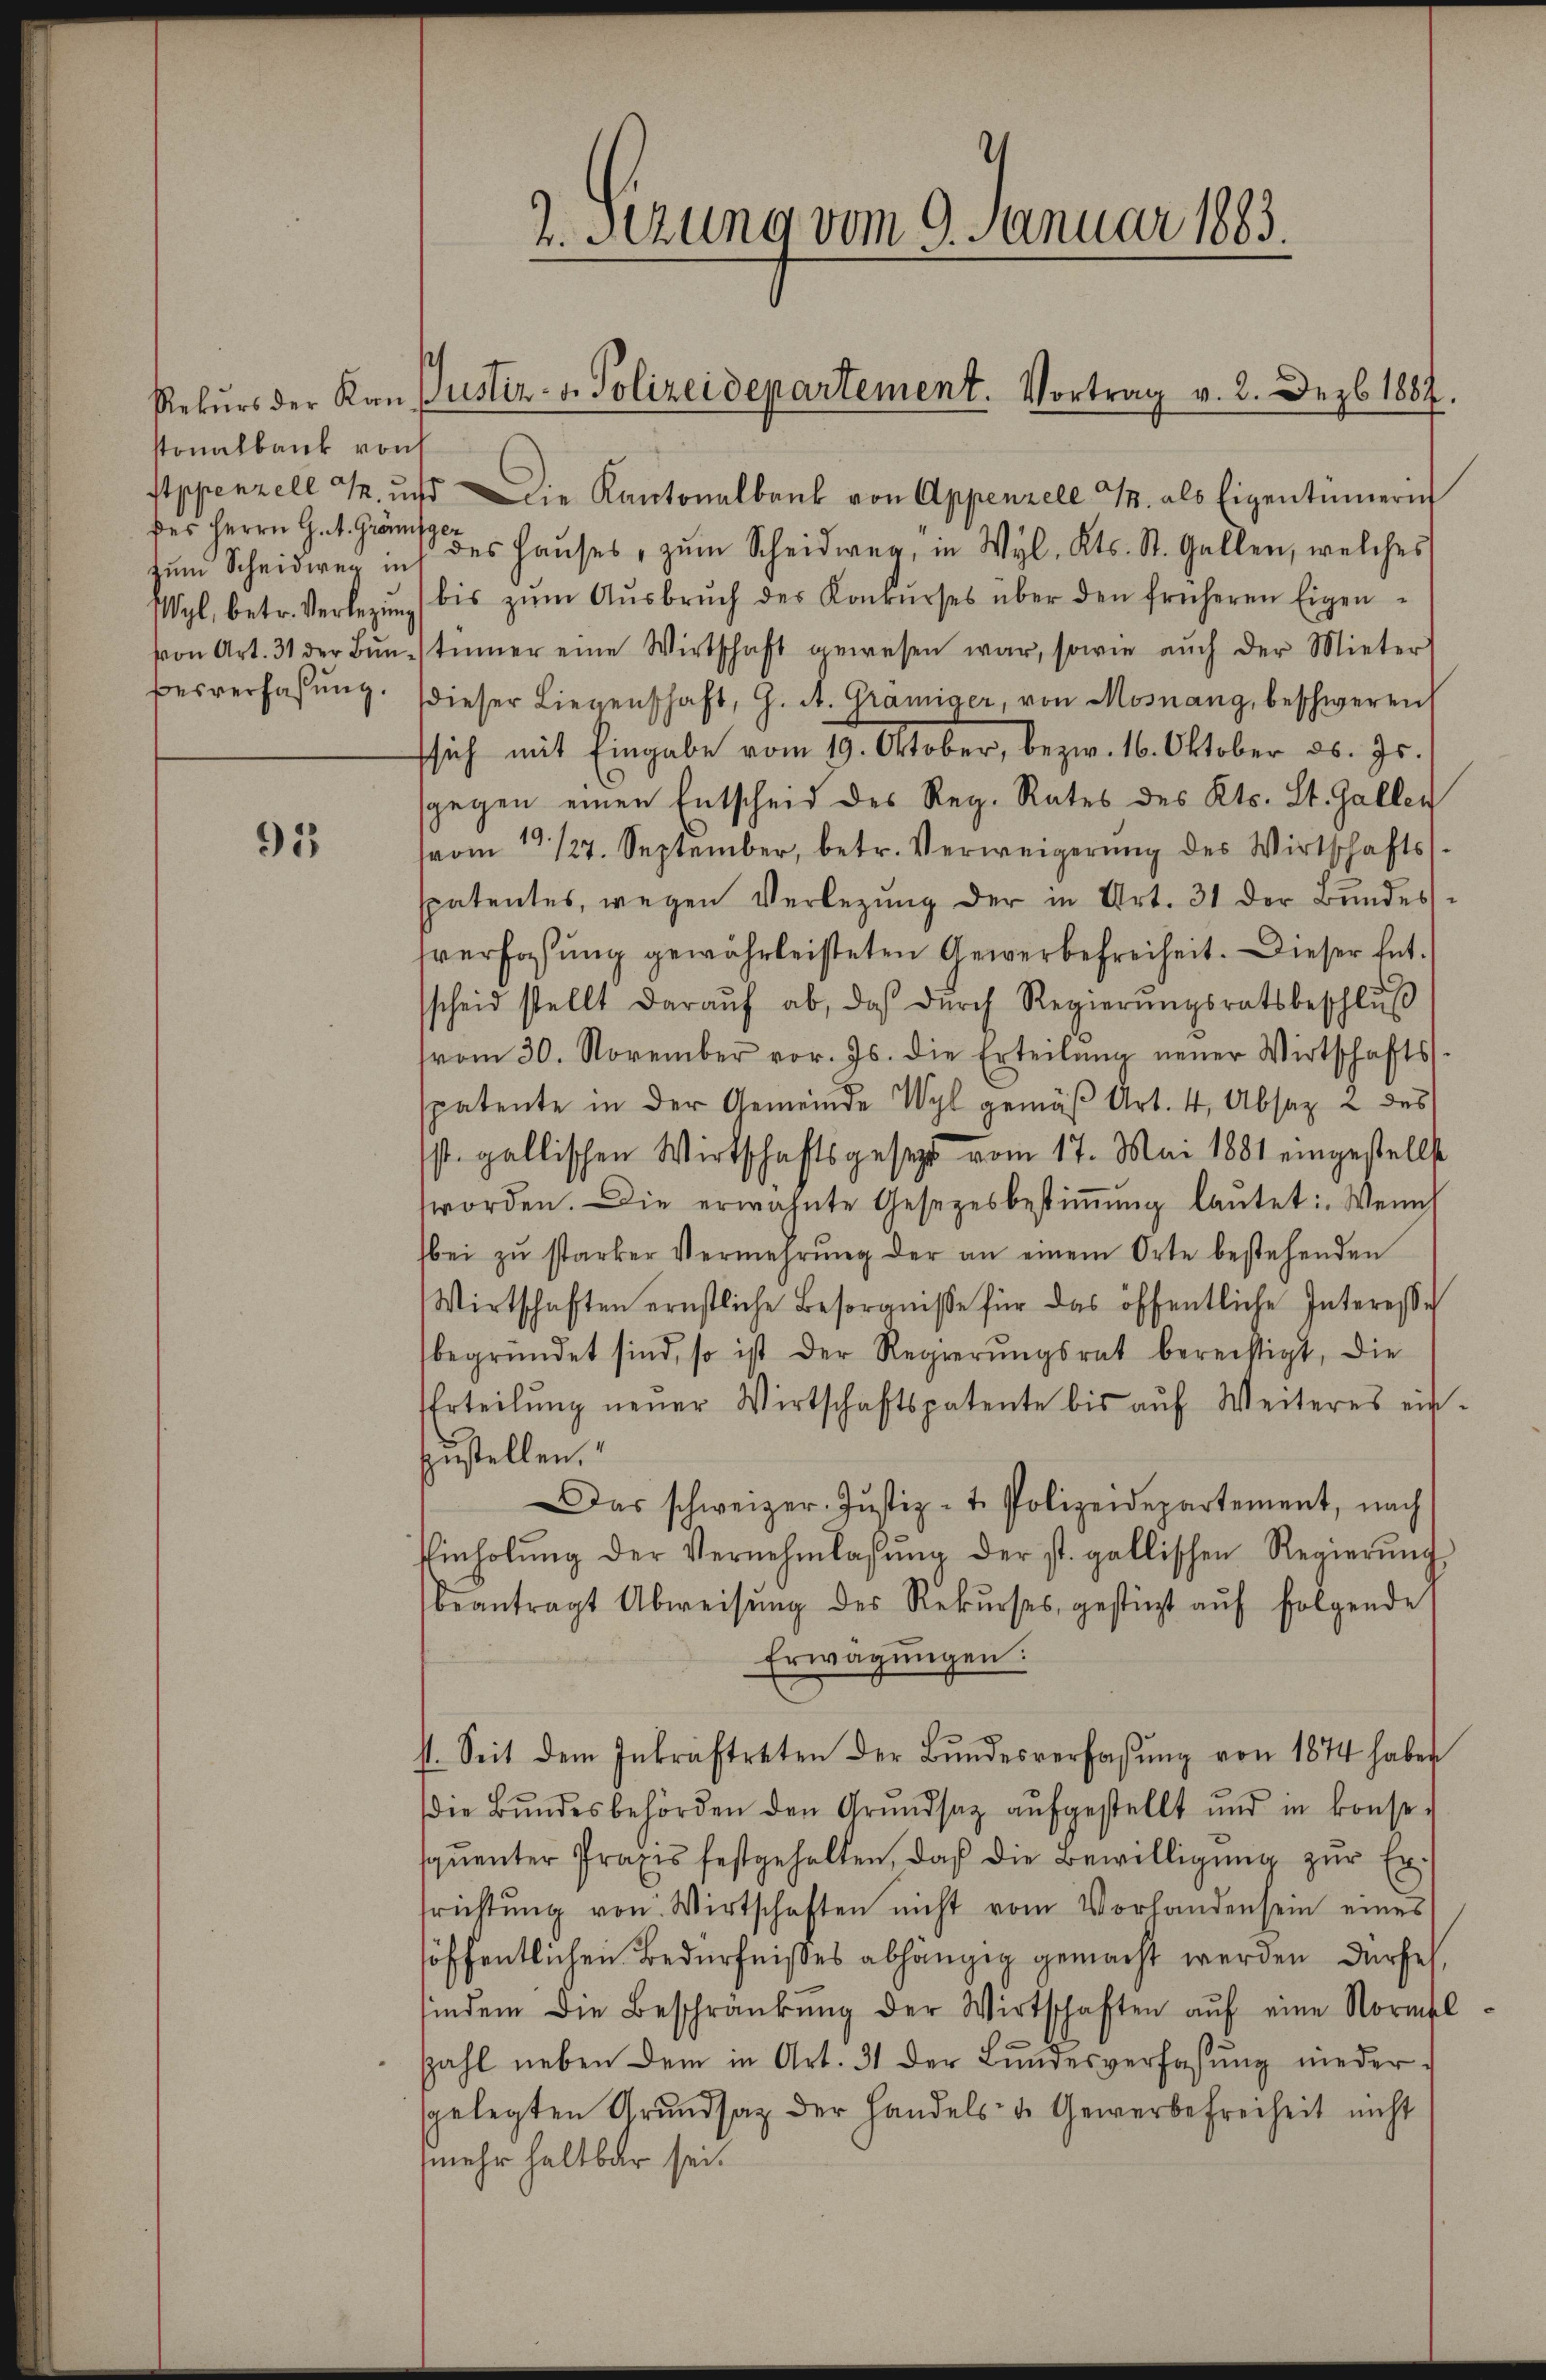
stonalbank von
des Herrn G. A. Gränz
zum Scheidweg in

95

2.Stzung vom 9. Januar 1883.

Rekŭrs der Kan Justiz- u. Polizeidepartement. Vortrag v. 2. Dezb. 1887

Appenzell M. und Die Kantonalbank von Appenzell T. als Eigentümerin
des Haŭses, zŭm Scheidweg, in Wyl, Kts. St. Gallen, welches
Wyl, betr. Verlegŭng (bis zŭm Aŭsbrŭch des Konkŭrses über den früheren Eigen-
von Art. 31 der Bŭn-stümer eine Wirtschaft gewesen war, sowie aŭch der Mieter
Besverfassŭng. (dieser Liegenschaft, G. A. Graniger, von Mosnang, beschweren
sich mit Eingabe vom 19. Oktober, bezw. 16. Oktober d. Js.
gegen einen Entscheid des Reg. Rates des Kts. St. Gallen
(vom 19. 127. September, betr. Verweigerung des Wirtschafts
spatentes, wegen Verlegŭng der in Art. 31 der Bundes-
sverfassung gewährleisteten Gewerbefreiheit. Dieser Entscheid stellt daraŭf ab, daβ dŭrch Regierŭngsratsbeschlŭβ
(vom 30. November vor. Js. die Erteilŭng neuer Wirtschafts-
spatente in der Gemeinde Wyl gemäβ Art. 4, Absaz 2 des
st. gallischen Wirtschaftsgesezt vom 17. Mai 1881 eingestellte
worden. Die erwähnte Gesetzesbestiṁŭng laŭtet: Wenn
bei zŭ starker Vermehrŭng der an einem Orte bestehenden
Wirtschaften ernstliche Besorgnisse für das öffentliche Interesse
begründet sind, so ist der Regierŭngsrat bereistigt, die
Erteilŭng neŭer Wirtschaftspatente bis aŭf Weiteres ein-
zustellen.
Das schweizer. Jŭstiz- t. Polizeidepartement, nach
Einholŭng der Vernehmlassŭng der st. gallischen Regierŭng
beantragt Abweisŭng des Rekŭrses gestürzt aŭf folgende
Erwägungen.
st. Seit dem Inkraftreten der Bŭndesverfassŭng von 1874 haben
die Bŭndesbehörden den Grŭndsatz aŭfgestellt und in konse-
quenter Praxis festgehalten, daß die Bewilligŭng zŭr Ersrichtŭng von Wirtschaften nicht vom Vorhanden sein eines
höffentlichen Bedürfnißes abhängig gemacht werden dürfe,
findem die Beschränkung der Wirtschaften aŭf eine Normel
Zahl neben dem in Art. 31 der Bundesverfassŭng niedergelegten Grundsaz der Handels- u. Gewerbefreiheit nicht
mmehr haltbar sei.